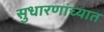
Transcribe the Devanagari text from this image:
सुधारणांच्यात